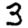
Digit: 3